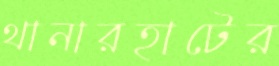
থানারহাটের